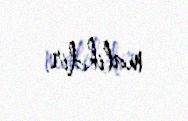
malikdir.